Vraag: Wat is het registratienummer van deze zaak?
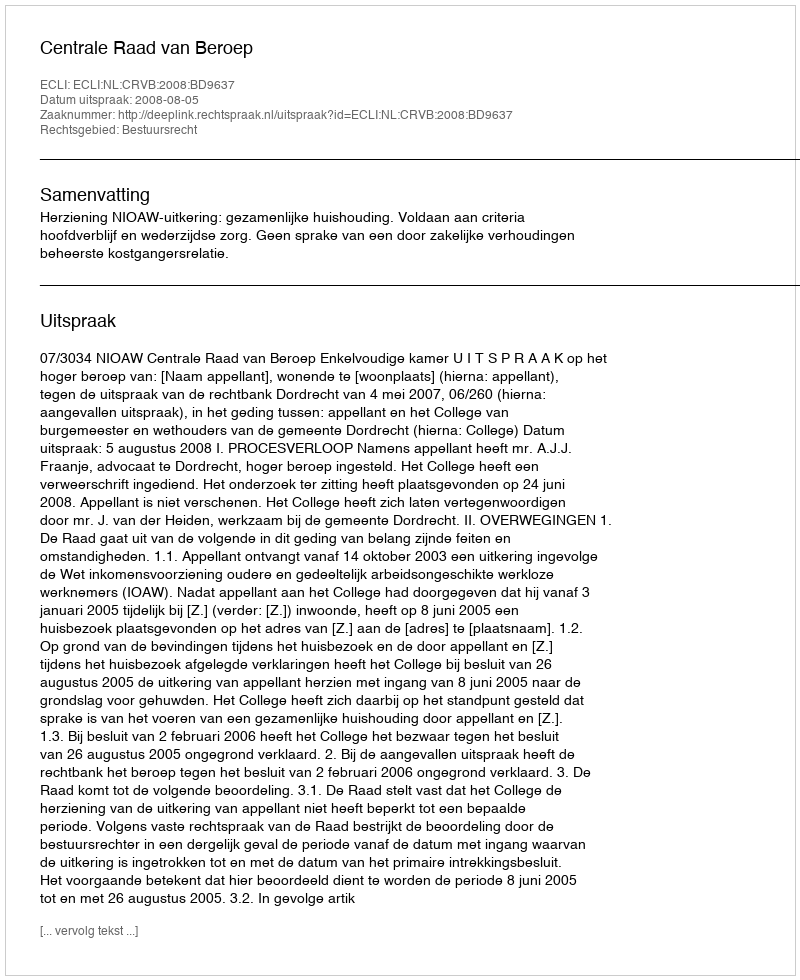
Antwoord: http://deeplink.rechtspraak.nl/uitspraak?id=ECLI:NL:CRVB:2008:BD9637